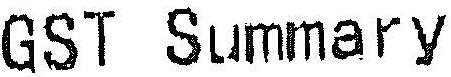
GST SUMMARY